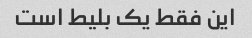
این فقط یک بلیط است